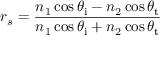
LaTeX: r _ { s } = { \frac { n _ { 1 } \cos \theta _ { \mathrm { i } } - n _ { 2 } \cos \theta _ { \mathrm { t } } } { n _ { 1 } \cos \theta _ { \mathrm { i } } + n _ { 2 } \cos \theta _ { \mathrm { t } } } }